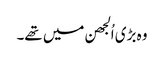
وہ بڑی اُلجھن میں تھے۔